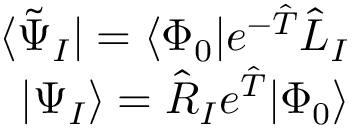
\begin{array} { r } { \langle \tilde { \Psi } _ { I } | = \langle \Phi _ { 0 } | e ^ { - \hat { T } } \hat { L } _ { I } } \\ { | \Psi _ { I } \rangle = \hat { R } _ { I } e ^ { \hat { T } } | \Phi _ { 0 } \rangle } \end{array}